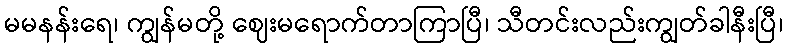
မမနန်းရေ၊ ကျွန်မတို့ ဈေးမရောက်တာကြာပြီ၊ သီတင်းလည်းကျွတ်ခါနီးပြီ၊